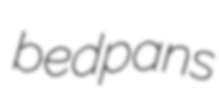
bedpans